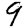
Digit: 9